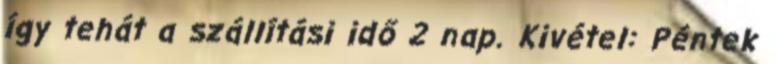
így tehát a szállítási idő 2 nap. Kivétel: Péntek